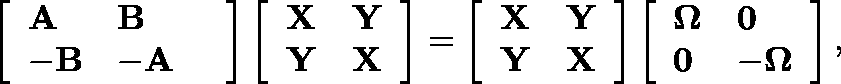
\left[ \begin{array} { l l l } { \mathbf { A } } & { \mathbf { B } } & \\ { \mathbf { - B } } & { \mathbf { - A } } & \end{array} \right] \left[ \begin{array} { l l } { \mathbf { X } } & { \mathbf { Y } } \\ { \mathbf { Y } } & { \mathbf { X } } \end{array} \right] = \left[ \begin{array} { l l } { \mathbf { X } } & { \mathbf { Y } } \\ { \mathbf { Y } } & { \mathbf { X } } \end{array} \right] \left[ \begin{array} { l l } { \mathbf { \Omega } } & { \mathbf { 0 } } \\ { \mathbf { 0 } } & { - \mathbf { \Omega } } \end{array} \right] ,